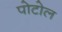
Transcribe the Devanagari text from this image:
पोटोल